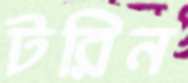
টরিন